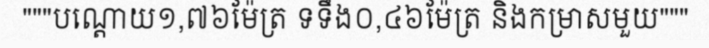
"""បណ្តោយ១,៧៦ម៉ែត្រ ទទឹង០,៤៦ម៉ែត្រ និងកម្រាសមួយ"""